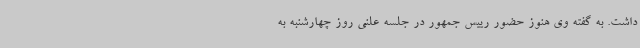
داشت. به گفته وی هنوز حضور رییس جمهور در جلسه علنی روز چهارشنبه به